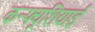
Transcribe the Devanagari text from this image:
कन्फ्यूशियाई